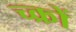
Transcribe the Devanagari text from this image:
च्क्रों